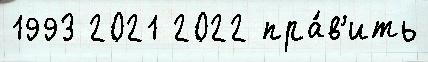
1993 2021 2022 пра́в'ить